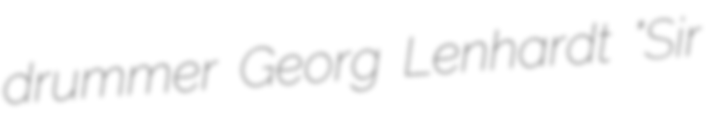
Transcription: drummer Georg Lenhardt "Sir